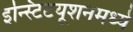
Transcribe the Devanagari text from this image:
इन्स्टिटयूशनमध्ये